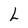
Character: L